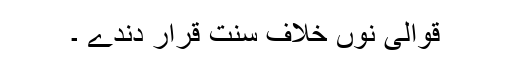
قوالی نوں خلاف سنت قرار دندے ۔